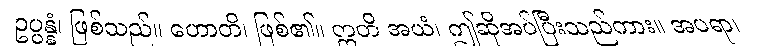
ဥပ္ပန္နံ၊ ဖြစ်သည်။ ဟောတိ၊ ဖြစ်၏။ ဣတိ အယံ၊ ဤဆိုအပ်ပြီးသည်ကား။ အပရာ၊